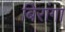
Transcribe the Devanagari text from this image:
बिरांगा